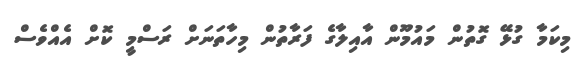
މިކަމާ ގުޅޭ ގޮތުން މައުމޫން އާއިލާގެ ފަރާތުން މިހާތަނަށް ރަސްމީ ކޮށް އެއްވެސް